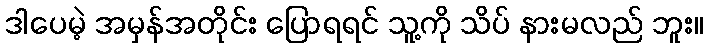
ဒါပေမဲ့ အမှန်အတိုင်း ပြောရရင် သူ့ကို သိပ် နားမလည် ဘူး။